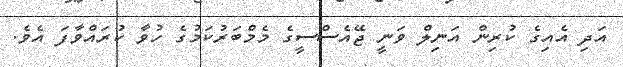
އަދި އެއިގެ ކުރިން އަނިލް ވަނީ ޖޭއެސްސީގެ މެމްބަރުކަމުގެ ހުވާ ކުރައްވާފަ އެވެ.